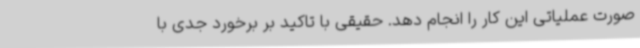
صورت عملیاتی این کار را انجام دهد. حقیقی با تاکید بر برخورد جدی با